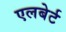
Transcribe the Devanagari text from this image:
एलबेर्ट